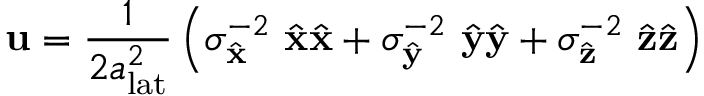
\mathbf { u } = \frac { 1 } { 2 a _ { \mathrm { l a t } } ^ { 2 } } \left( \sigma _ { \hat { \mathbf { x } } } ^ { - 2 } ~ \hat { \mathbf { x } } \hat { \mathbf { x } } + \sigma _ { \hat { \mathbf { y } } } ^ { - 2 } ~ \hat { \mathbf { y } } \hat { \mathbf { y } } + \sigma _ { \hat { \mathbf { z } } } ^ { - 2 } ~ \hat { \mathbf { z } } \hat { \mathbf { z } } \right)